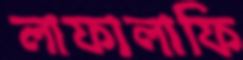
লাফালাফি